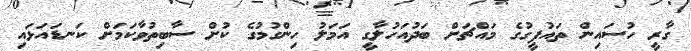
ގާރީ ހުސައިން ތައުފީގުގެ މައްޗަށް ބަދުއަހުލާގީ އަމަލު ހިންގުމުގެ ކުށް ސާބިތުވާކަމަށް ކަނޑައަޅައި